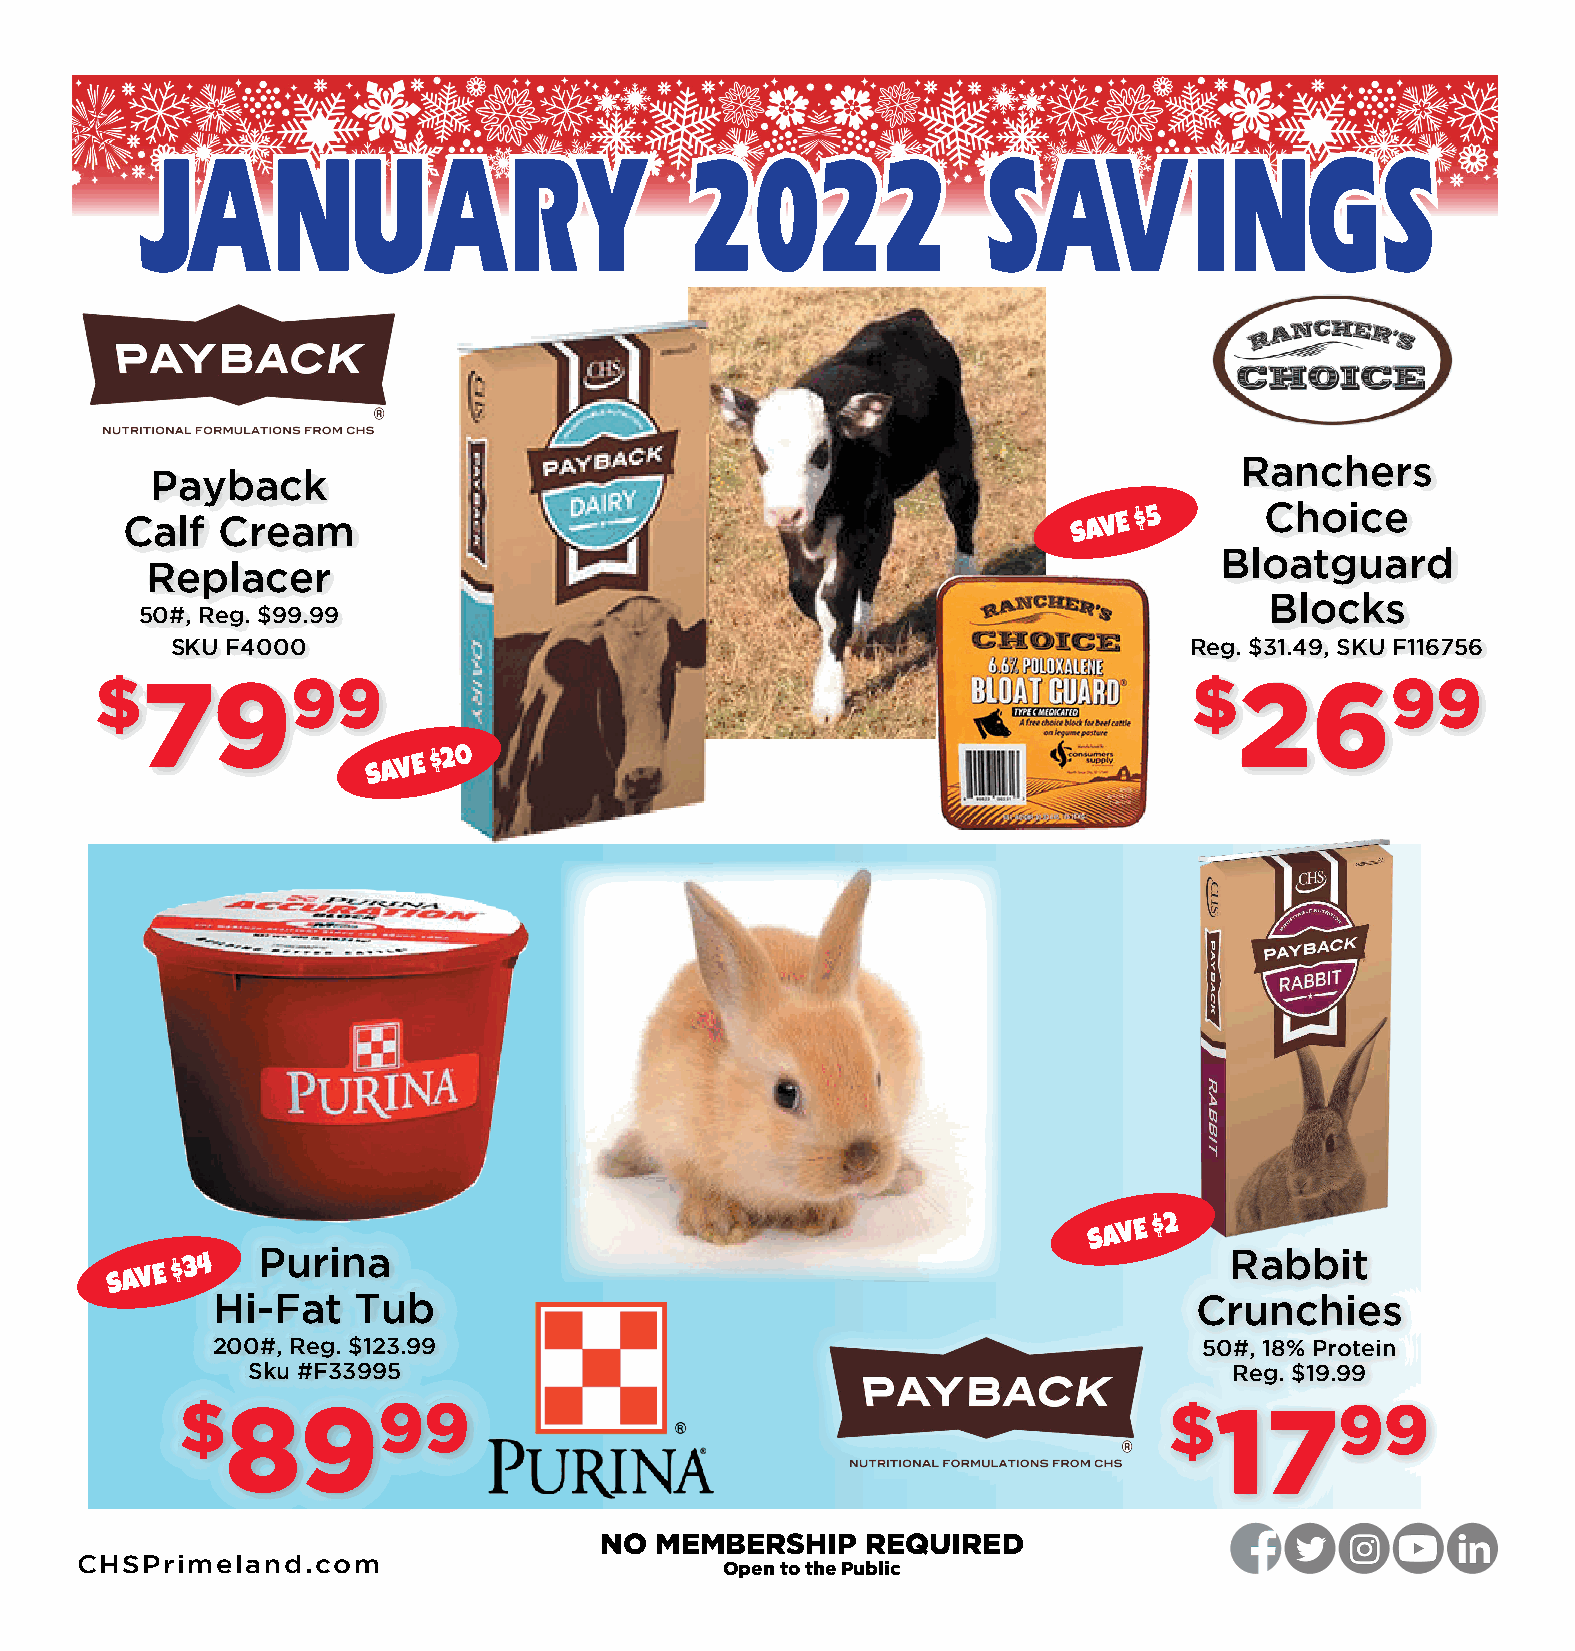
JJAANNUUAARRYY                       22002222           SSAAVVIINNGGSS
 Ranchers
 Payback
 Choice
 Calf  Cream                                                    SAVE
 $5
 Bloatguard
 Replacer
 Blocks
 50#, Reg. $99.99
 SKU F4000                                                           Reg. $31.49, SKU F116756
 $7999                                                                    $2699
 SAVE
 $20
 SAVE
 $2
 Purina                                                          Rabbit
 SAVE
 $34
 Hi-Fat    Tub                                                    Crunchies
 200#, Reg. $123.99                                                50#, 18% Protein
 Sku #F33995                                                       Reg. $19.99
 $8999                                                            $1799
 NO MEMBERSHIP    REQUIRED
 CHSPrimeland.com
 Open to the Public